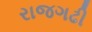
રાજગઢી